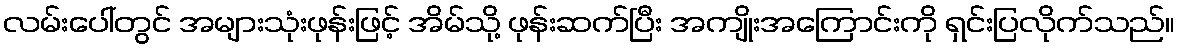
လမ်းပေါ်တွင် အများသုံးဖုန်းဖြင့် အိမ်သို့ ဖုန်းဆက်ပြီး အကျိုးအကြောင်းကို ရှင်းပြလိုက်သည်။